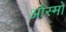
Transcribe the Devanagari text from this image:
ओस्मो